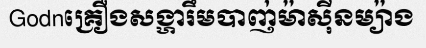
Godnគ្រឿងសង្ហារឹមបាញ់ម៉ាស៊ីនម្យ៉ាង